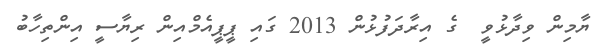
ޔާމިން ވިދާޅުވީ  ގެ އިރާދަފުޅުން 2013 ގައި ޕީޕީއެމްއިން ރިޔާސީ އިންތިހާބު